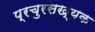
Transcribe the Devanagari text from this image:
प्रचुरसख्यक